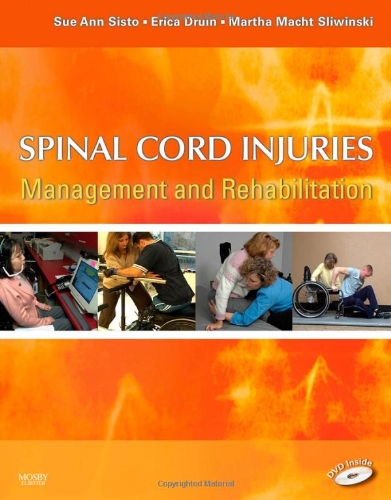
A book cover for Spinal Cord Injuries: Management and Rehabilitation, 1e; Sue Ann Sisto PT  MA  PhD; Health, Fitness & Dieting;